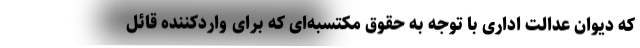
که دیوان عدالت اداری با توجه به حقوق مکتسبه‌ای که برای واردکننده قائل